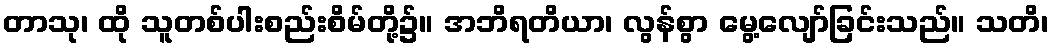
တာသု၊ ထို သူတစ်ပါးစည်းစိမ်တို့၌။ အဘိရတိယာ၊ လွန်စွာ မွေ့လျော်ခြင်းသည်။ သတိ၊